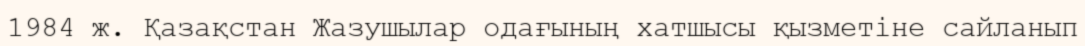
1984 ж. Қазақстан Жазушылар одағының хатшысы қызметіне сайланып